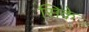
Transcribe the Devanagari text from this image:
सिके